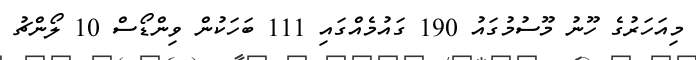
މިއަހަރުގެ ހޫނު މޫސުމުގައު 190 ގައުމެއްގައި 111 ބަހަކުން ވިންޑޯސް 10 ލޯންޗު